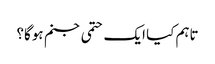
تاہم کیا ایک حتمی جنم ہوگا؟